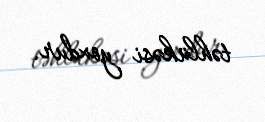
təhlükəsi yoxdur.